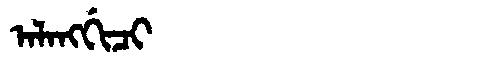
Manchu: ᠠᠯᠠᠩᡤᡳᠴᡳ
Romanization: ALANGGICI